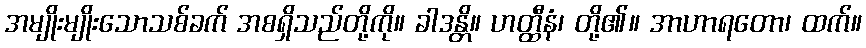
အမျိုးမျိုးသောသစ်ခက် အစရှိသည်တို့ကို။ ခါဒန္တိ။ ဟတ္ထီနံ၊ တို့၏။ အာဟာရတော၊ ထက်။